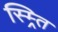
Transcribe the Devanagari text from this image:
स्म्र्ति